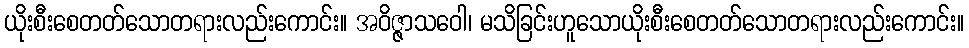
ယိုးစီးစေတတ်သောတရားလည်းကောင်း။ အဝိဇ္ဇာသဝေါ၊ မသိခြင်းဟူသောယိုးစီးစေတတ်သောတရားလည်းကောင်း။